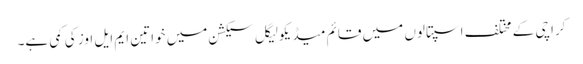
کراچی کے مختلف اسپتالوں میں قائم میڈیکولیگل سیکشن میں خواتین ایم ایل اوز کی کمی ہے۔